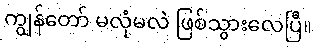
ကျွန်တော် မလုံမလဲ ဖြစ်သွားလေပြီ။